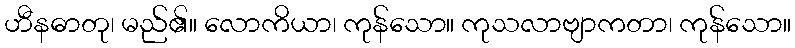
ဟီနဓာတု၊ မည်၏။ လောကိယာ၊ ကုန်သော။ ကုသလာဗျာကတာ၊ ကုန်သော။